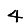
Digit: 4